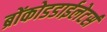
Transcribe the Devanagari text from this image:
ब्रोंकोडडाईलेटर्स